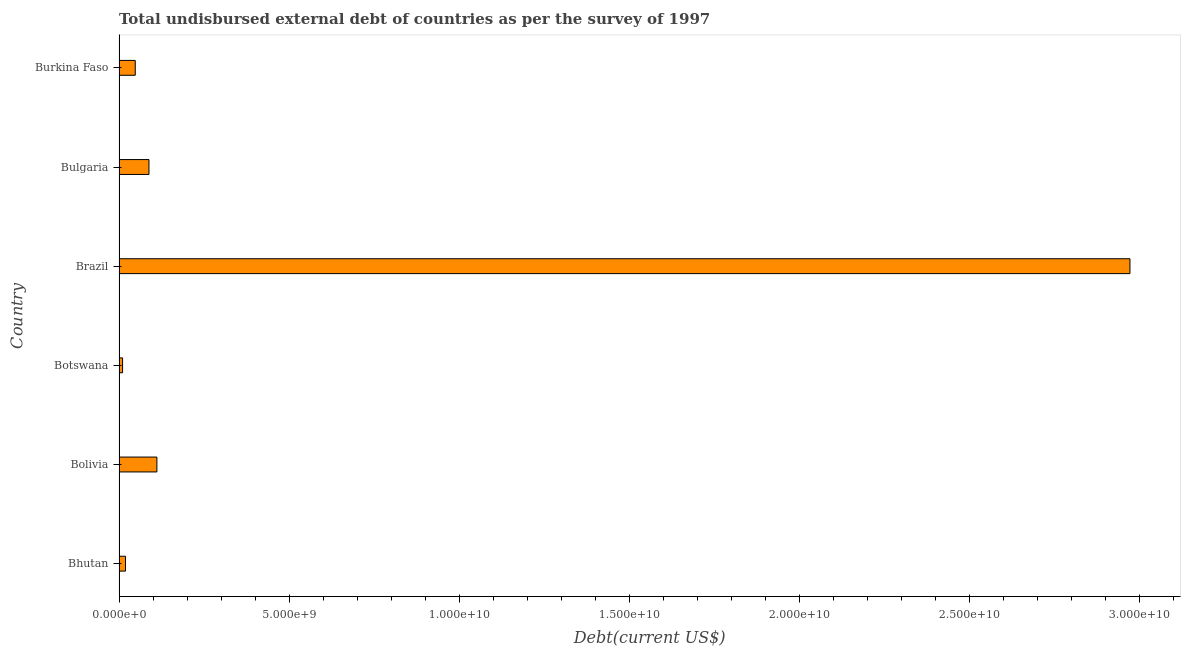
| Country | Total debt |
 | --- | --- |
 | Bhutan | 1.9e+08 |
 | Bolivia | 1.11e+09 |
 | Botswana | 1.03e+08 |
 | Brazil | 2.97e+10 |
 | Bulgaria | 8.8e+08 |
 | Burkina Faso | 4.76e+08 |